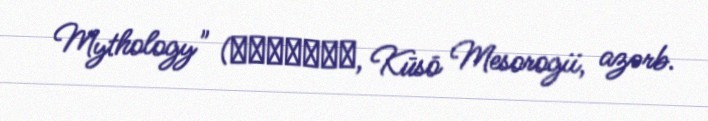
Mythology" (空想メソロギヰ, Kūsō Mesorogii, azərb.